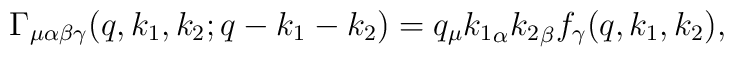
\Gamma_{\mu\alpha\beta\gamma}(q,k_1,k_2;q-k_1-k_2)=q_{\mu}{k_1}_{\alpha} {k_2}_{\beta}f_{\gamma}(q,k_1, k_2),